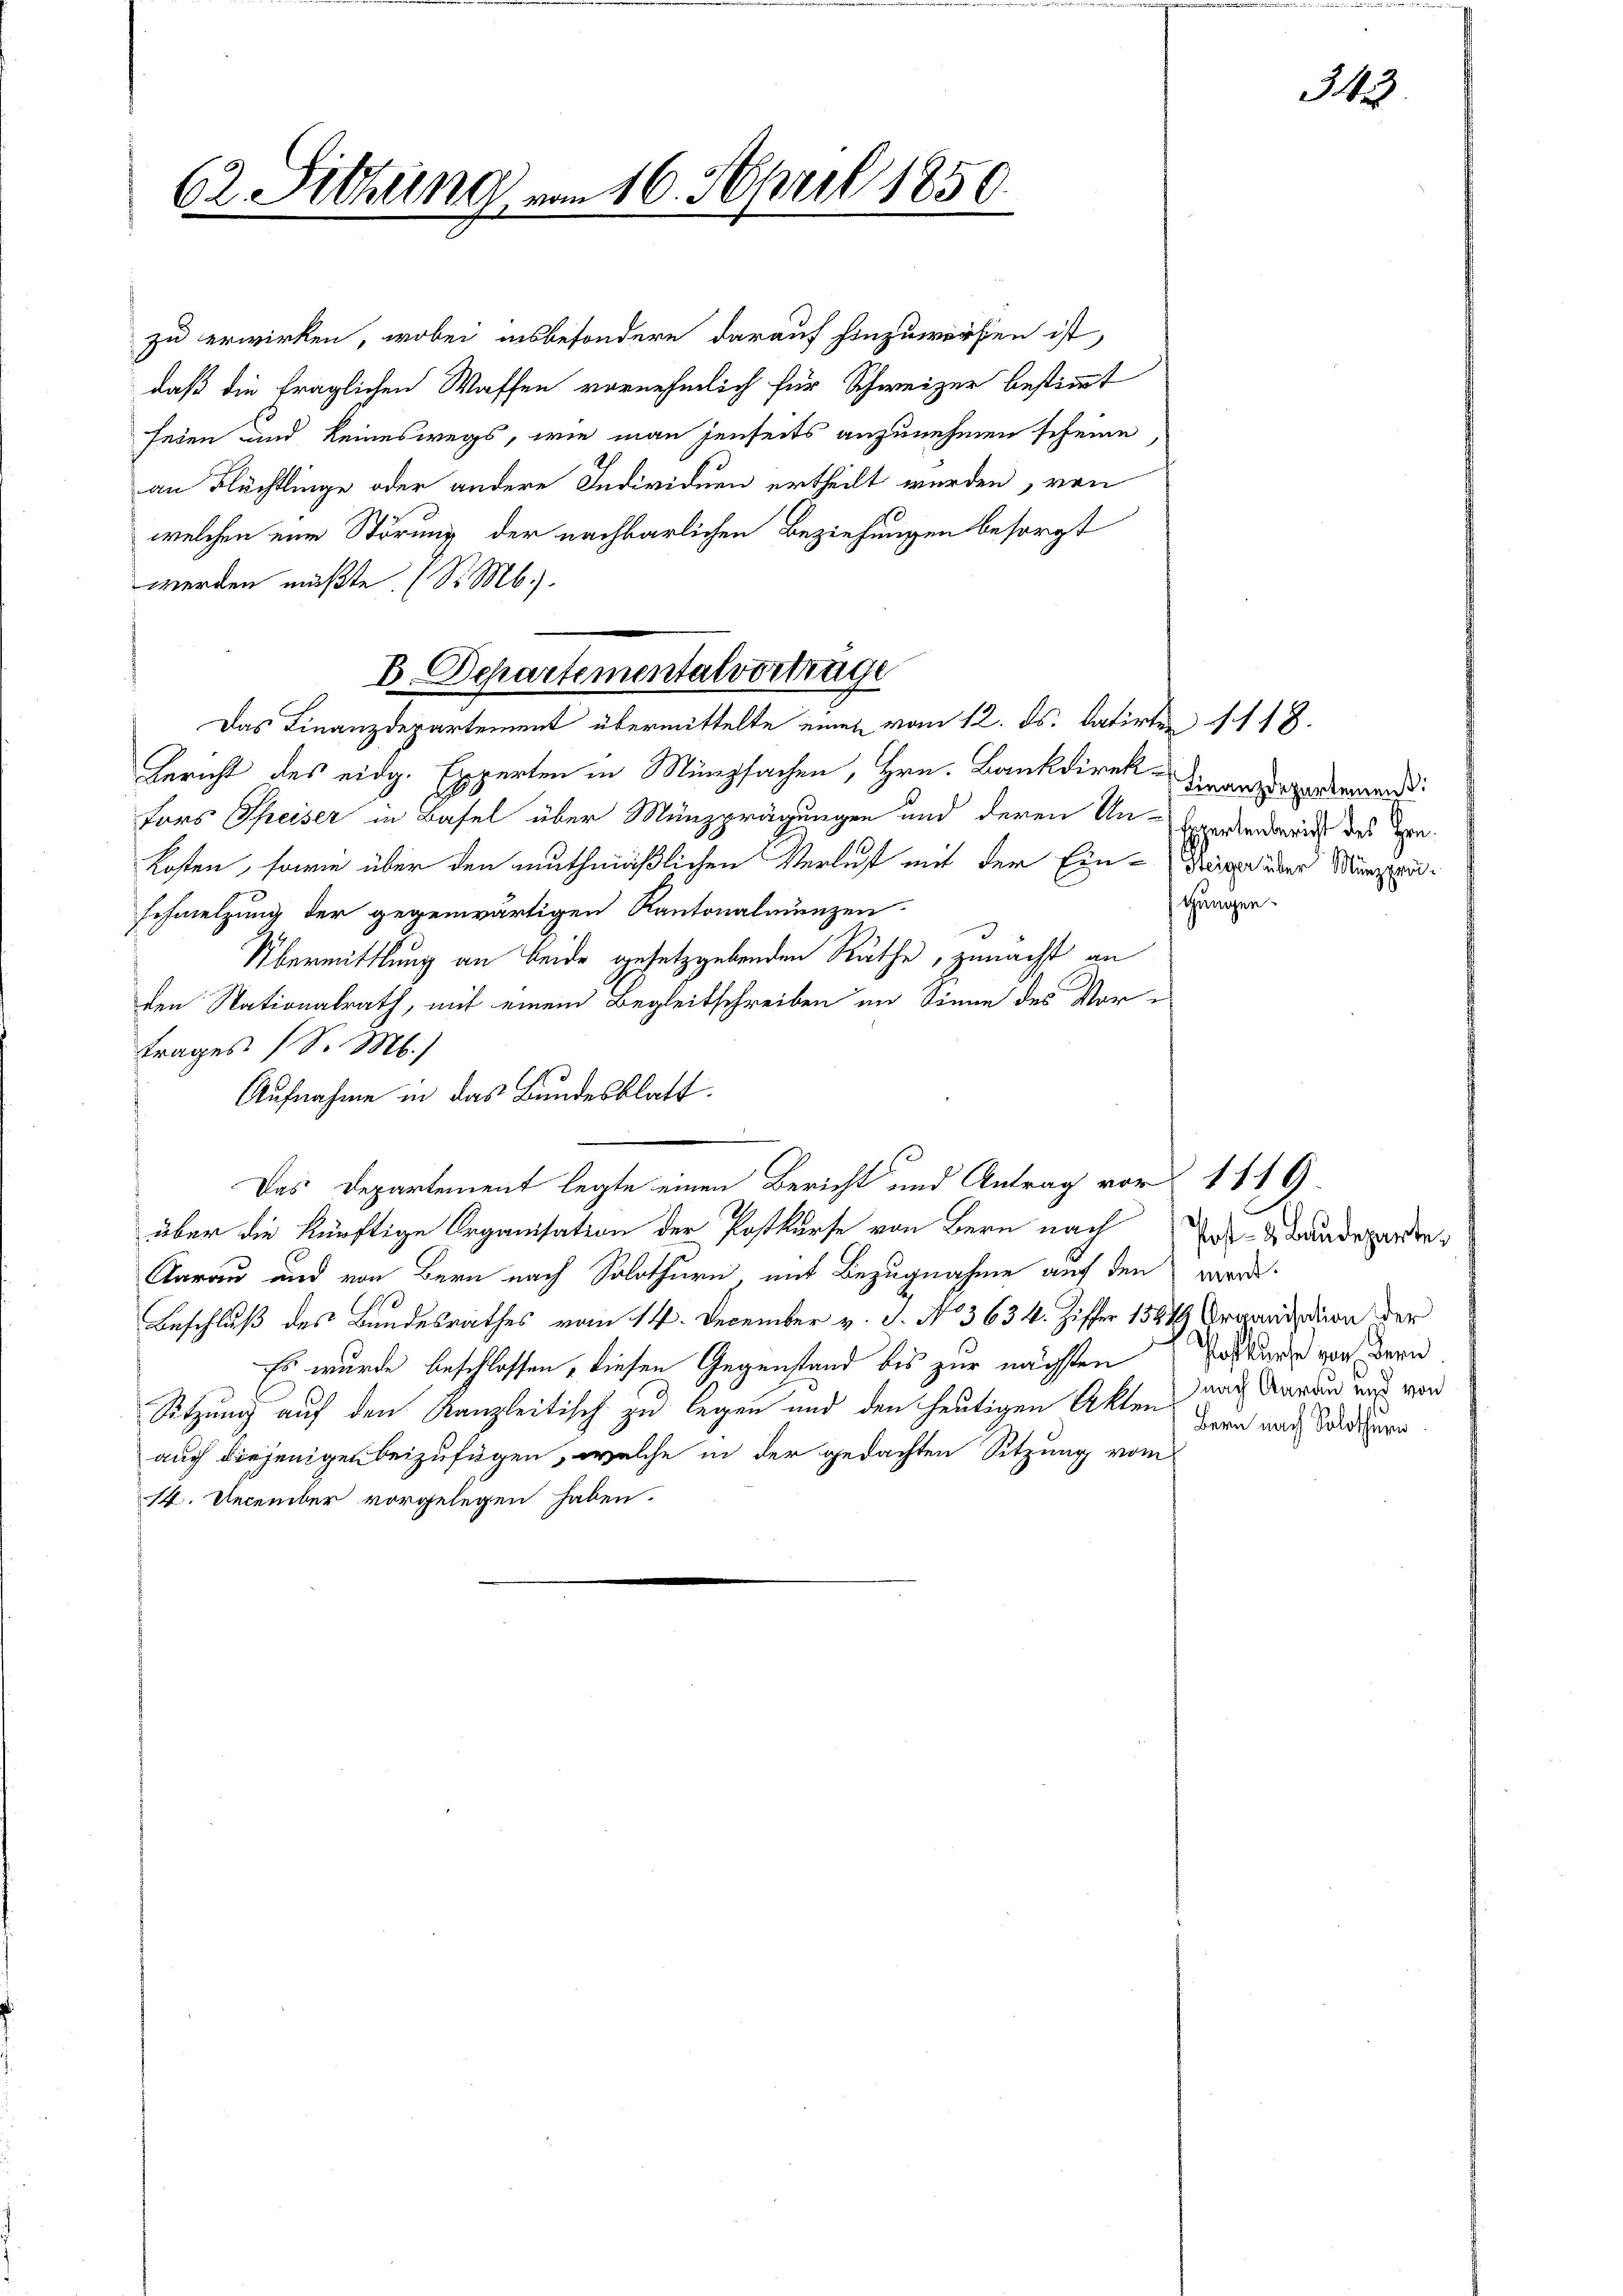
62. Sitzung vom 16. April 1859.

zu erwirken, wobei insbesondere darauf hinzuwerfen ist,
daß die fraglichen Waffen vornehmlich für Schweizer bestimmt
seien und keineswegs, wie man jenseits anzunehmen scheine
an Flüchtlinge oder andere Individuen ertheilt wurden, von
welchen eine Störung der nachbarlichen Beziehungen besorgt
werden müßte. (St. Mb.).
Gericht des eidg. Experten in Münzsachen, Hrn. Bankdirek Finanzerperlierend
Fors Speiser in Basel über Münzprägungen und deren Un-Expertenderrich des Hon¬
Kosten, sowie über den muthmaßlichen Verlust mit der Ein-Steige über Münzpräschmelzung der gegenwärtigen Kantonalmunzen
Übermittlung an beide gesetzgebenden Räthe, zunächst an
den Nationalrath, mit einem Begleitschreiben im Sinne des Vor-
trages (S. M.)
Aufnahme in das Bundesblatt.
Das Departement legte einen Bericht und Antrag vor 1119.
über die künftige Organisation der Postkurse von Bern nach
Aarau und von Bern nach Solothurn mit Bezugnahme auf den word
Beschluß des Bundesrathes vom 14. December v. J. N. 3634. Ziffer 1864 Arrandation der
Es wurde beschlossen, diesen Gegenstand bis zur nächsten Postanze von der
Sitzung auf den Kanzleitisch zu legen und den heutigen Akten nach darau und von
auch diejenigen beizufügen, welche in der gedachten Sitzung vom
14. December vorgelegen haben.

B. Departementalvertrage
Das Finanzdepartement übermittelte einen vom 12. ds. datirten S. 118.

tungen

343.

Post- & Baudeparte
Bern nach Solothurn.